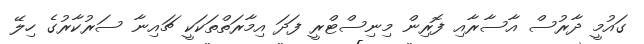
ގައުމީ ދާރުސް އާސާރާއި ފޮރިން މިނިސްޓްރީ ފަދަ އިމާރަތްތަކަކީ ޗައިނާ ސަރުކާރުގެ ހިލޭ